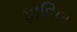
ફાદિલ